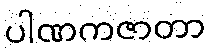
ပါဏကဇာတာ